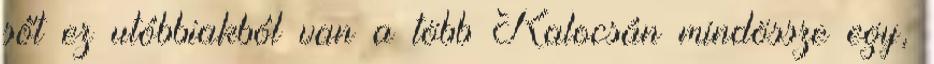
sőt ez utóbbiakból van a több Kalocsán mindössze egy,